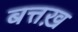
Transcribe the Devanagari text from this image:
बत्तख़